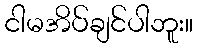
ငါမအိပ်ချင်ပါဘူး။